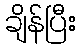
ချိန်ပြီး